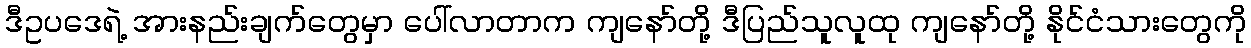
ဒီဥပဒေရဲ့ အားနည်းချက်တွေမှာ ပေါ်လာတာက ကျနော်တို့ ဒီပြည်သူလူထု ကျနော်တို့ နိုင်ငံသားတွေကို